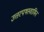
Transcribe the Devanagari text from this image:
उत्तरपथस्वामिन